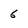
Character: 6